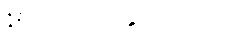
1500 ကျပ် နှုတ်သည်။